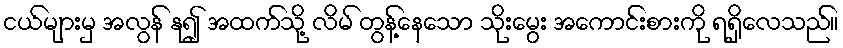
ငယ်များမှ အလွန် နု၍ အထက်သို့ လိမ် တွန့်နေသော သိုးမွေး အကောင်းစားကို ရရှိလေသည်။